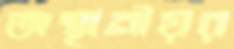
অস্থানীয়র